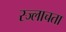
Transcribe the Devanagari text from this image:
स्ज्लाचता